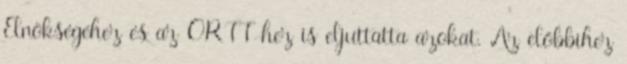
Elnökségéhez és az ORTT-hez is eljuttatta azokat. Az előbbi­hez